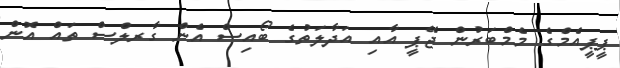
ޕީޕީއެމްގެ މެމްބަރުން ޖޭޕީ އާއި އަދާލަތުގެ ބޯއިސް އެން ގާރލްސް ތައް އޮން